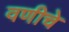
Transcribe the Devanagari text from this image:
वणीचे